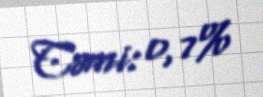
Cəmi: 0,7%